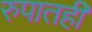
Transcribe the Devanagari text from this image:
रुपातही